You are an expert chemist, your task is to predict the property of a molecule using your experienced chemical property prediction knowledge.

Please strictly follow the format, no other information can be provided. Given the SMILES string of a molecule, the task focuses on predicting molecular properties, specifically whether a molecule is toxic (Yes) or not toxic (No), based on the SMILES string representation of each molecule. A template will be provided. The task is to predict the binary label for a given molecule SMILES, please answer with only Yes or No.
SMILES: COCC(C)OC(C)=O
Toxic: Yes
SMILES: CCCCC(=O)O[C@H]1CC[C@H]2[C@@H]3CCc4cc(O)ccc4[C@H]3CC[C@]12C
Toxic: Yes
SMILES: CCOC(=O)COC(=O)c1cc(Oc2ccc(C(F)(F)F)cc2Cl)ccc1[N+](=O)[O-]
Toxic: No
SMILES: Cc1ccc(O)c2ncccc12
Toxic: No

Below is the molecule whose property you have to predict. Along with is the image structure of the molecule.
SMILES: ClC(Cl)(Cl)c1ccc(C(Cl)(Cl)Cl)cc1
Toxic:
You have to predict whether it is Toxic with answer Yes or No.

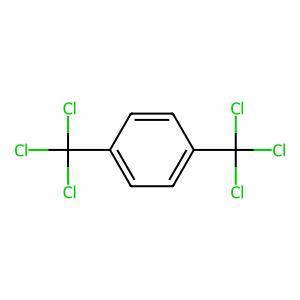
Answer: No